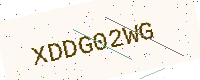
Text: XDDG02WG